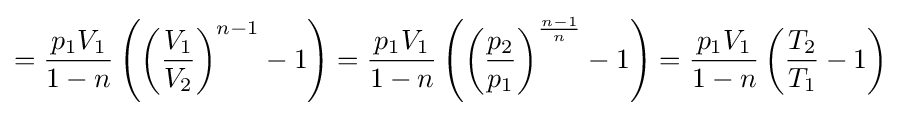
={\frac {p_{1}V_{1}}{1-n}}\left(\left({\frac {V_{1}}{V_{2}}}\right)^{n-1}-1\right)={\frac {p_{1}V_{1}}{1-n}}\left(\left({\frac {p_{2}}{p_{1}}}\right)^{\frac {n-1}{n}}-1\right)={\frac {p_{1}V_{1}}{1-n}}\left({\frac {T_{2}}{T_{1}}}-1\right)